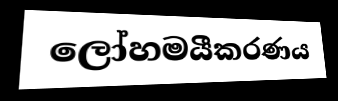
ලෝහමයීකරණය